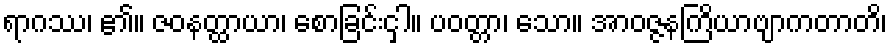
ရာဂဿ၊ ၏။ ဇဝနတ္ထာယာ၊ စောခြင်းငှါ။ ပဝတ္တာ၊ သော။ အာဝဇ္ဇနကြိယာဗျာကတာတိ၊